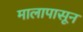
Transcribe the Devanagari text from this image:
मालापासून